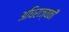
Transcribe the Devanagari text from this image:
अधिराज्यकी